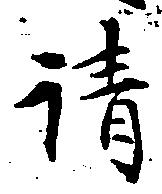
請